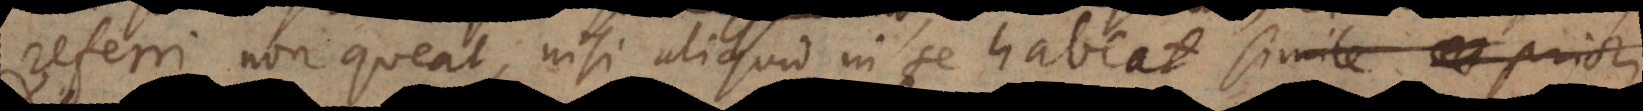
referri non queat, nisi aliquid in se habeat simile priori